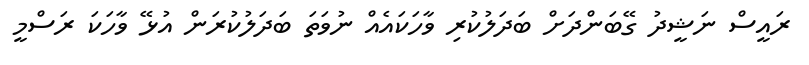
ރައީސް ނަޝީދު ގޭބަންދަށް ބަދަލުކުރި ވާހަކައެއް ނުވަތަ ބަދަލުކުރަން އުޅޭ ވާހަކަ ރަސްމީ